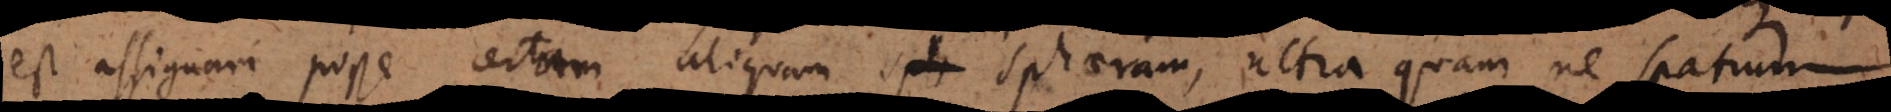
est assignari posse certam aliquam sphaeram, ultra quam ne spatium